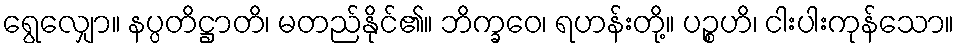
ရွေလျှော။ နပ္ပတိဋ္ဌာတိ၊ မတည်နိုင်၏။ ဘိက္ခဝေ၊ ရဟန်းတို့။ ပဉ္စဟိ၊ ငါးပါးကုန်သော။